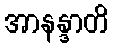
အာနန္ဒာတိ